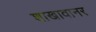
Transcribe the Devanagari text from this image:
शाखावानर